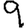
Digit: 9